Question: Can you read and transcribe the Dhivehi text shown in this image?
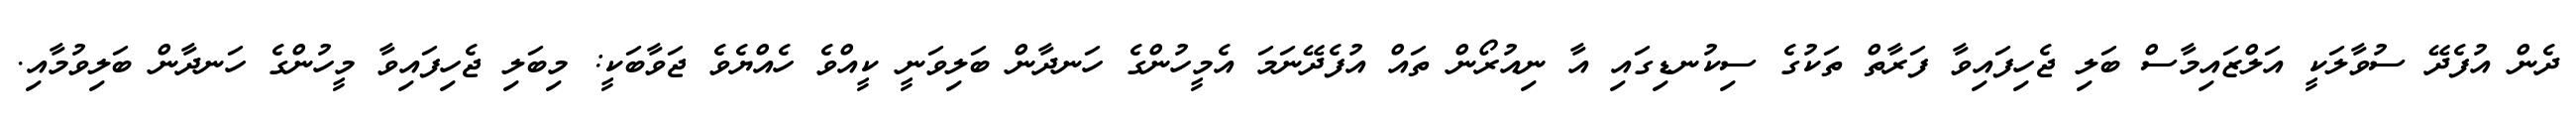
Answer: ދެން އުފެދޭ ސުވާލަކީ އަލްޒައިމާސް ބަލި ޖެހިފައިވާ ފަރާތް ތަކުގެ ސިކުނޑިގައި އާ ނިއުރޯން ތައް އުފެދޭނަމަ އެމީހުންގެ ހަނދާން ބަލިވަނީ ކީއްވެ ހެއްޔެވެ ޖަވާބަކީ: މިބަލި ޖެހިފައިވާ މީހުންގެ ހަނދާން ބަލިވުމާއި.